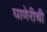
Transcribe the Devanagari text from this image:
घाणेरीची